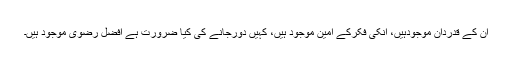
ان کے قدردان موجودہیں، انکی فکرکے امین موجود ہیں، کہیں دورجانے کی کیا ضرورت ہے افضل رضویؔ موجود ہیں۔